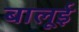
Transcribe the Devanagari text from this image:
बालूई